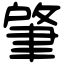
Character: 肇